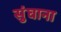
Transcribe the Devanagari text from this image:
सुंघाना